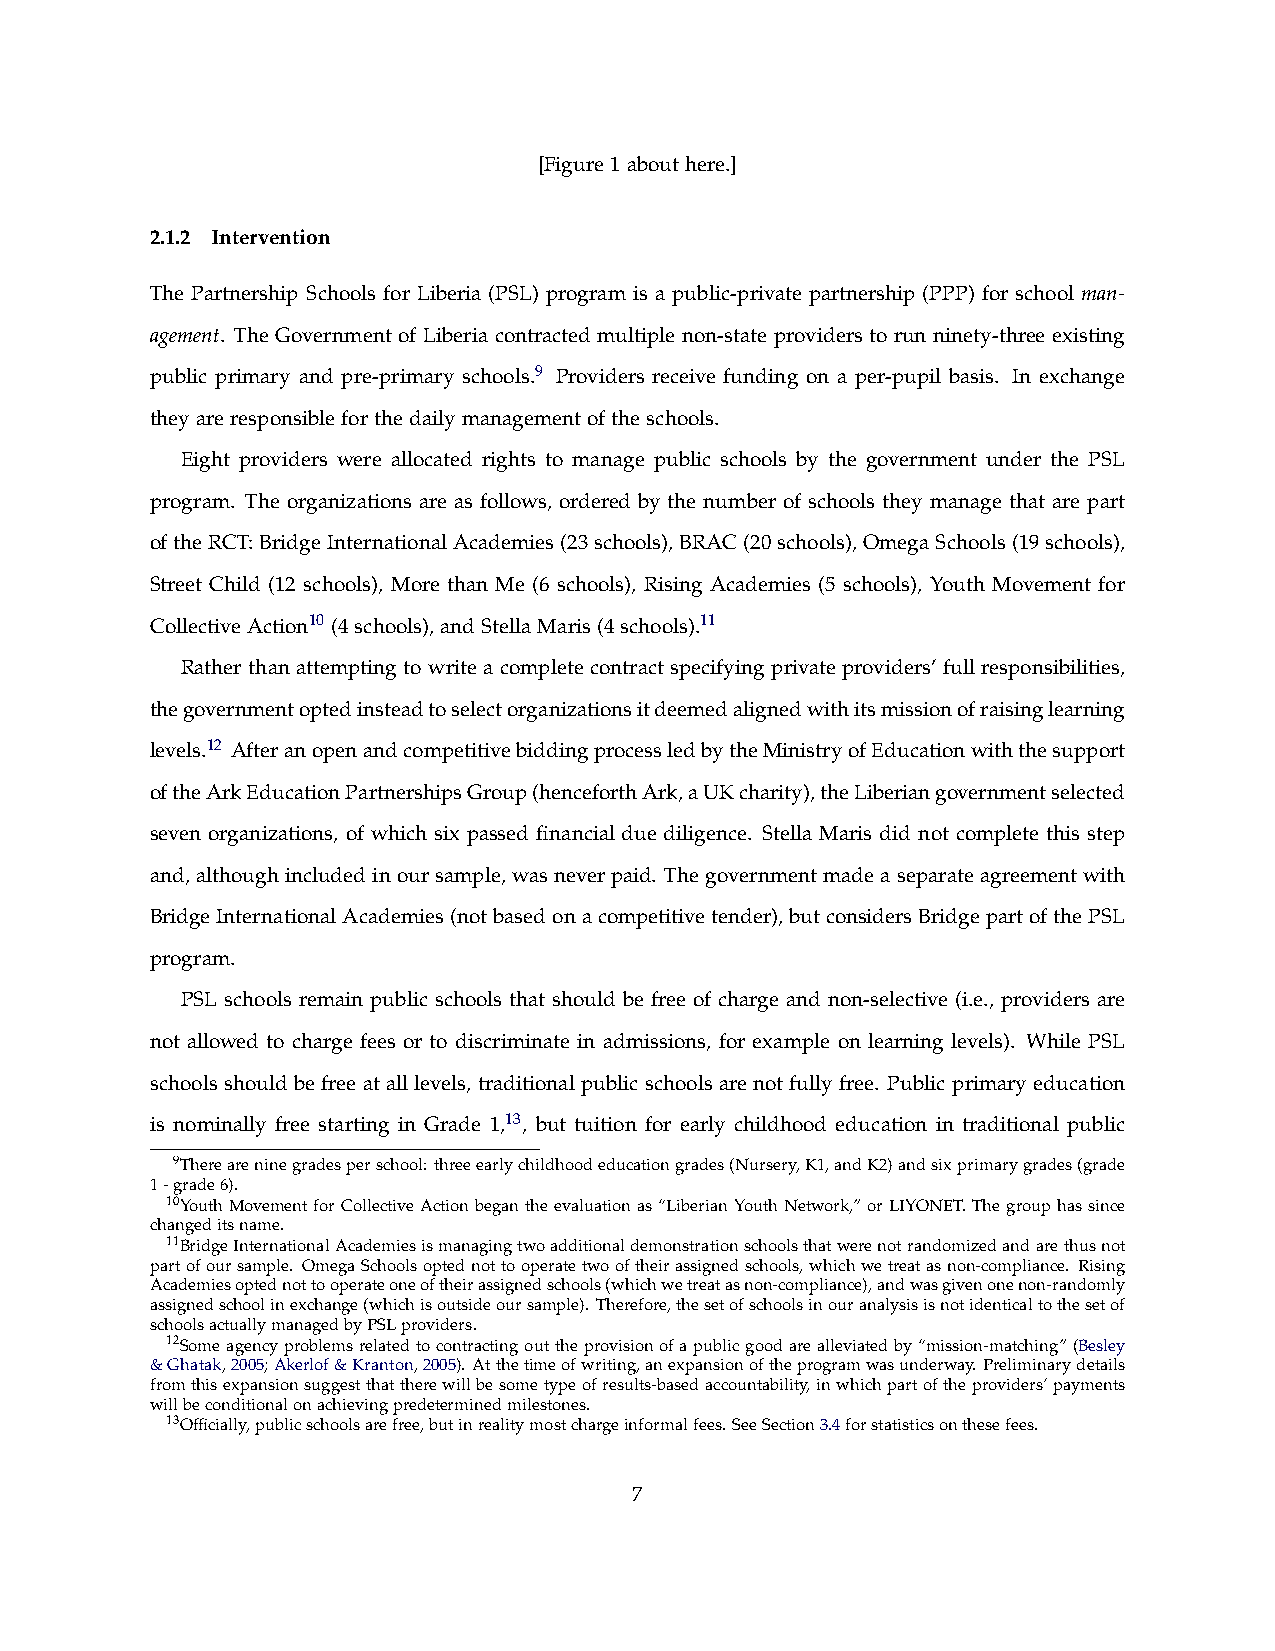
[Figure1abouthere.]
 2.1.2 Intervention
 The Partnership Schools for Liberia (PSL) program is a public-private partnership (PPP) for school man-
 agement. The Government of Liberia contracted multiple non-state providers to run ninety-three existing
 public primary and pre-primary schools.9 Providers receive funding on a per-pupil basis. In exchange
 theyareresponsibleforthedailymanagementoftheschools.
 Eight providers were allocated rights to manage public schools by the government under the PSL
 program. The organizations are as follows, ordered by the number of schools they manage that are part
 oftheRCT:BridgeInternationalAcademies(23schools),BRAC(20schools),OmegaSchools(19schools),
 Street Child (12 schools), More than Me (6 schools), Rising Academies (5 schools), Youth Movement for
 CollectiveAction10 (4schools),andStellaMaris(4schools).11
 Rather than attempting to write a complete contract specifying private providers’ full responsibilities,
 thegovernmentoptedinsteadtoselectorganizationsitdeemedalignedwithitsmissionofraisinglearning
 levels.12 AfteranopenandcompetitivebiddingprocessledbytheMinistryofEducationwiththesupport
 oftheArkEducationPartnershipsGroup(henceforthArk,aUKcharity),theLiberiangovernmentselected
 seven organizations, of which six passed financial due diligence. Stella Maris did not complete this step
 and,althoughincludedinoursample,wasneverpaid. Thegovernmentmadeaseparateagreementwith
 BridgeInternationalAcademies(notbasedonacompetitivetender),butconsidersBridgepartofthePSL
 program.
 PSL schools remain public schools that should be free of charge and non-selective (i.e., providers are
 not allowed to charge fees or to discriminate in admissions, for example on learning levels). While PSL
 schools should be free at all levels, traditional public schools are not fully free. Public primary education
 is nominally free starting in Grade 1,13, but tuition for early childhood education in traditional public
 9Thereareninegradesperschool: threeearlychildhoodeducationgrades(Nursery,K1,andK2)andsixprimarygrades(grade
 1-grade6).
 10YouthMovementforCollectiveActionbegantheevaluationas“LiberianYouthNetwork,” orLIYONET.Thegrouphassince
 changeditsname.
 11BridgeInternationalAcademiesismanagingtwoadditionaldemonstrationschoolsthatwerenotrandomizedandarethusnot
 partofoursample. OmegaSchoolsoptednottooperatetwooftheirassignedschools,whichwetreatasnon-compliance. Rising
 Academiesoptednottooperateoneoftheirassignedschools(whichwetreatasnon-compliance),andwasgivenonenon-randomly
 assignedschoolinexchange(whichisoutsideoursample). Therefore,thesetofschoolsinouranalysisisnotidenticaltothesetof
 schoolsactuallymanagedbyPSLproviders.
 12Someagencyproblemsrelatedtocontractingouttheprovisionofapublicgoodarealleviatedby“mission-matching”(Besley
 &Ghatak,2005;Akerlof&Kranton,2005). Atthetimeofwriting,anexpansionoftheprogramwasunderway. Preliminarydetails
 fromthisexpansionsuggestthattherewillbesometypeofresults-basedaccountability,inwhichpartoftheproviders’payments
 willbeconditionalonachievingpredeterminedmilestones.
 13Officially,publicschoolsarefree,butinrealitymostchargeinformalfees.SeeSection3.4forstatisticsonthesefees.
 7